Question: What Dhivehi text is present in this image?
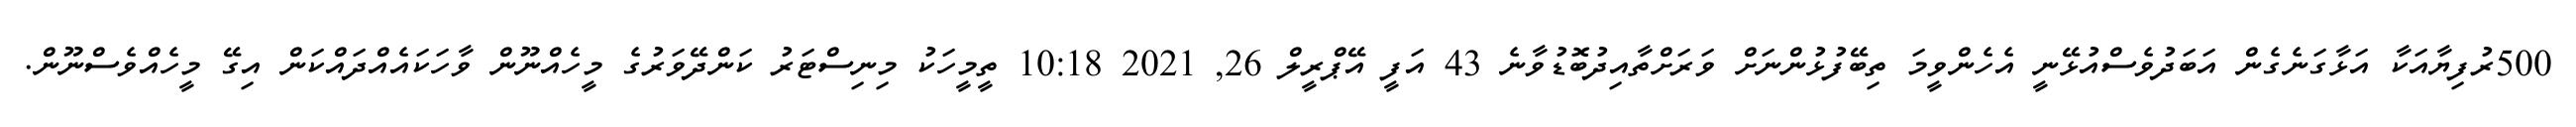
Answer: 500ރުފިޔާއަކާ އަޅާގަނެގެން އަބަދުވެސްއުޅޭނީ އެހެންވީމަ ތިބޭފުޅުންނަށް ވަރަށްތާއިދުބޮޑުވާނެ 43 އަފީ އޭޕްރީލް 26, 2021 10:18 ތީމީހަކު މިނިސްޓަރު ކަންދޭވަރުގެ މީހެއްނޫން ވާހަކައެއްދައްކަން އިގޭ މީހެއްވެސްނޫން.